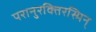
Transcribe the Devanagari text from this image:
परानुरक्तिरस्मिन्‌